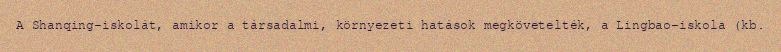
A Shanqing-iskolát, amikor a társadalmi, környezeti hatások megkövetelték, a Lingbao-iskola (kb.